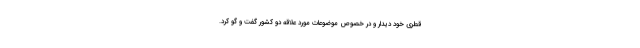
قطری خود دیدار و در خصوص موضوعات مورد علاقه دو کشور گفت و گو کرد.